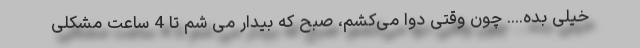
خیلی بده.... چون وقتی دوا می‌کشم، صبح که بیدار می شم تا 4 ساعت مشکلی